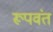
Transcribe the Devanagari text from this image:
रूपवंत